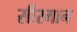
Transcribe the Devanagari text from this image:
सीरमान